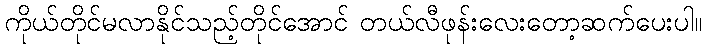
ကိုယ်တိုင်မလာနိုင်သည့်တိုင်အောင် တယ်လီဖုန်းလေးတော့ဆက်ပေးပါ။